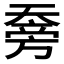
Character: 𰋯